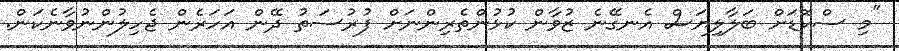
"މި ސްކޮޑަށް ބަލާލިޔަސް އެނގޭނެ ޒުވާން ކުޅުންތެރިންނަށް ފުރުސަތު ދޭން އަހަރެން ޖެހިލުންނުވާނެކަން.